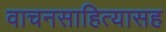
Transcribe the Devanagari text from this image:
वाचनसाहित्यासह